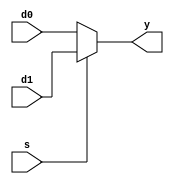
`timescale 1ns / 1ps

module mux2(input [3:0] d0, d1,
input s,
output reg [3:0] y);

always @(s)
if (s) y = d1;
else y = d0;
endmodule